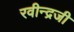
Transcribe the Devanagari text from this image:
रवीन्द्रजी